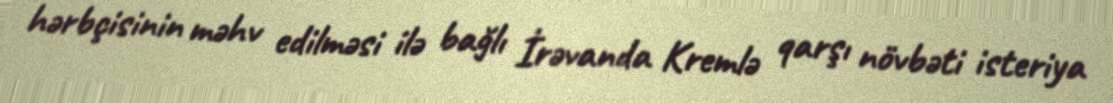
hərbçisinin məhv edilməsi ilə bağlı İrəvanda Kremlə qarşı növbəti isteriya